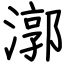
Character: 漷